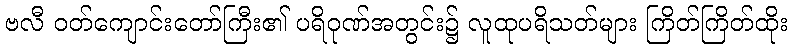
ဗလီ ဝတ်ကျောင်းတော်ကြီး၏ ပရိဝုဏ်အတွင်း၌ လူထုပရိသတ်များ ကြိတ်ကြိတ်ထိုး